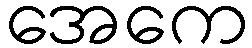
အေကေ